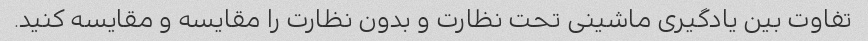
تفاوت بین یادگیری ماشینی تحت نظارت و بدون نظارت را مقایسه و مقایسه کنید.